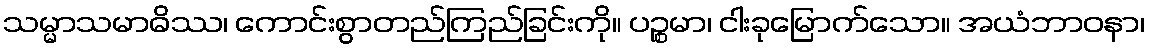
သမ္မာသမာဓိဿ၊ ကောင်းစွာတည်ကြည်ခြင်းကို။ ပဉ္စမာ၊ ငါးခုမြောက်သော။ အယံဘာဝနာ၊